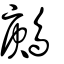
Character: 鶊